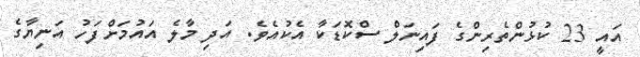
އައީ 23 ކުޅުންތެރިންގެ ފައިނަލް ސްކޮޑަކާ އެކުއެވެ. އަދި މާލެ އައުމަށްފަހު އަނިޔާގެ